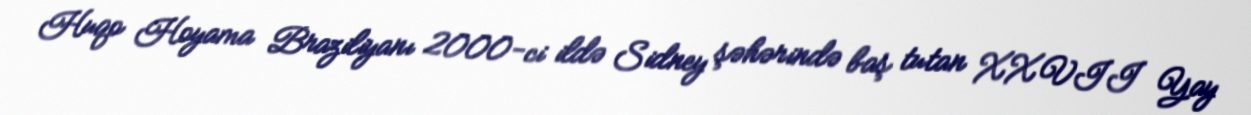
Huqo Hoyama Braziliyanı 2000-ci ildə Sidney şəhərində baş tutan XXVII Yay